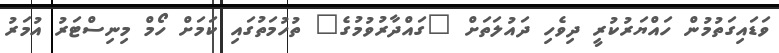
ވަޑައިގަތުމުން ހައްޔަރުކުރީ ދިވެހި ދައުލަތަށް "ގައްދާރުވުމުގެ" ތުހުމަތުގައި ކަމަށް ހޯމް މިނިސްޓަރު އުމަރު